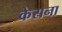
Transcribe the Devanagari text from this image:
केसना